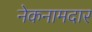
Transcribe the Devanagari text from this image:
नेकनामदार